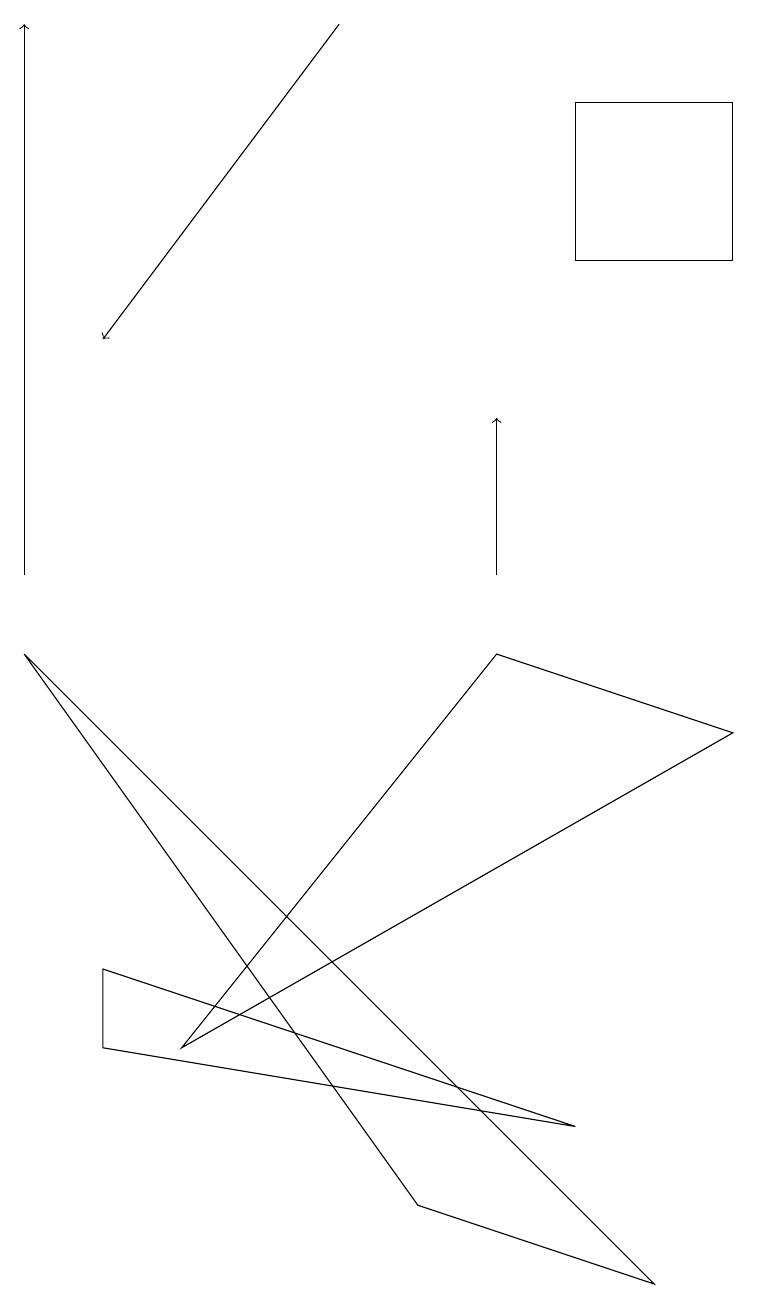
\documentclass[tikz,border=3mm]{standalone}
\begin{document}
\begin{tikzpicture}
\draw[->] (4,17) -- (1,13);
\draw (1,5) -- (7,3) -- (1,4) -- cycle;
\draw (9,16) rectangle (7,14);
\draw[->] (0,10) -- (0,17);
\draw (8,1) -- (0,9) -- (5,2) -- cycle;
\draw (2,4) -- (6,9) -- (9,8) -- cycle;
\draw[->] (6,10) -- (6,12);
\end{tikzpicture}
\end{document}